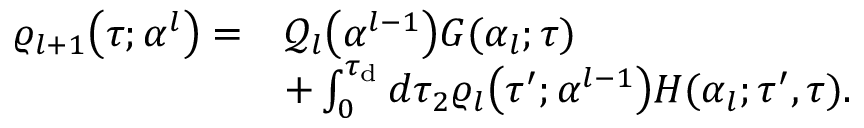
\begin{array} { r l } { \varrho _ { l + 1 } \big ( \tau ; \boldsymbol { \alpha } ^ { l } \big ) = } & { \mathcal { Q } _ { l } \big ( \boldsymbol { \alpha } ^ { l - 1 } \big ) G ( \alpha _ { l } ; \tau ) } \\ & { + \int _ { 0 } ^ { \tau _ { \mathrm { d } } } d \tau _ { 2 } \varrho _ { l } \big ( \tau ^ { \prime } ; \boldsymbol { \alpha } ^ { l - 1 } \big ) H ( \alpha _ { l } ; \tau ^ { \prime } , \tau ) . } \end{array}